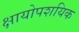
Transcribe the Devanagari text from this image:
क्षायोपशयिक